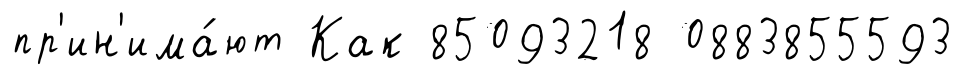
пр'ин'има́ют Как 85093218 0883855593